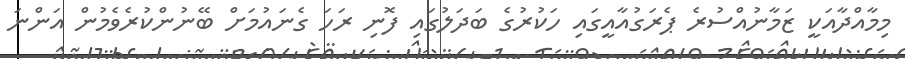
މިމާއްދާއަކީ ޒަމާނުއްސުރެ ޕެރަގުއާއީގައި ހަކުރުގެ ބަދަލުގައި ފޮނި ރަހަ ގެނައުމަށް ބޭނުންކުރެވެމުން އަންނަ